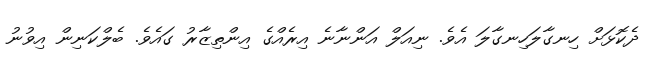
ދެކޮޅަށް ހިނގާލަހިނގާލަ އެވެ. ނިއަލް އަންނާނެ އިރެއްގެ އިންތިޒާރު ގައެވެ. ބެލްކަނިން އިވުނު